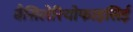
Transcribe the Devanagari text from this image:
बैसिलेरियोफाइसिई